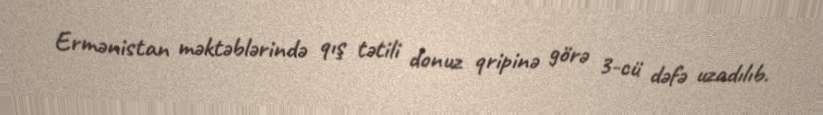
Ermənistan məktəblərində qış tətili donuz qripinə görə 3-cü dəfə uzadılıb.